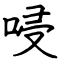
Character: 唚